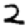
Digit: 2